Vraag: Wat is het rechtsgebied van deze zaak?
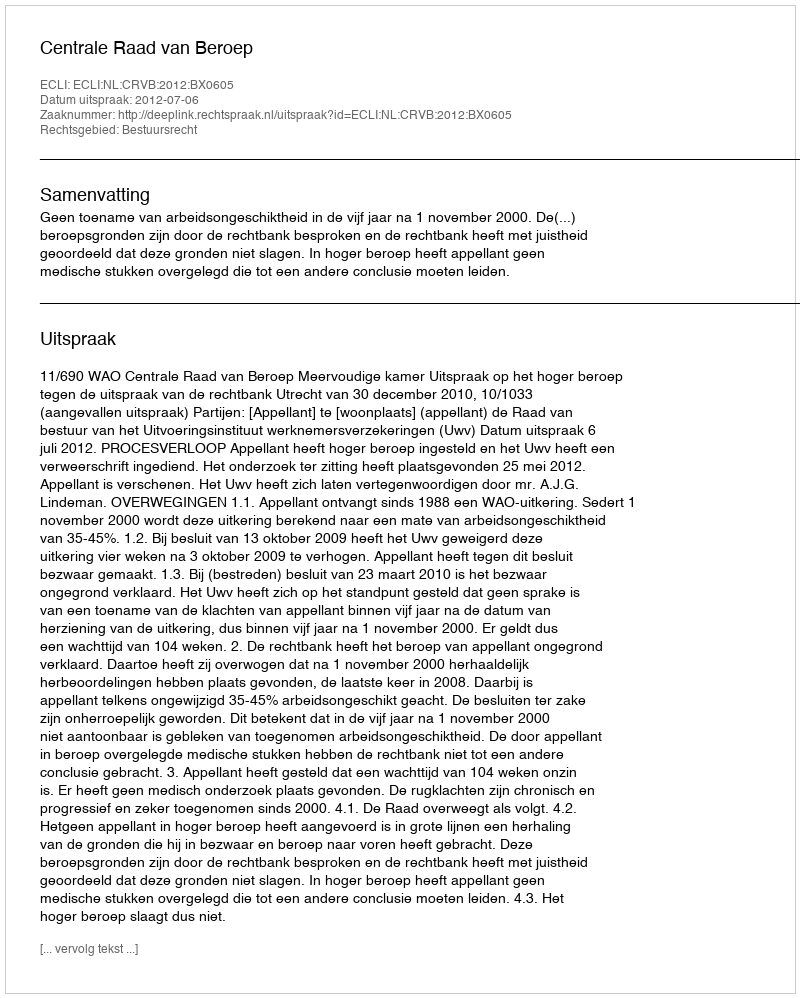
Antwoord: Bestuursrecht